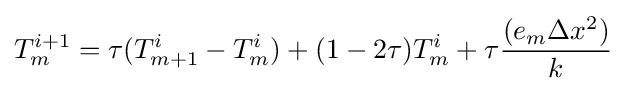
{T_{m}^{i+1}}=\tau {(T_{m+1}^{i}-T_{m}^{i})}+{(1-2\tau )}T_{m}^{i}+\tau {\frac {(e_{m}\Delta {x}^{2})}{k}}